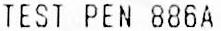
TEST PEN 886A